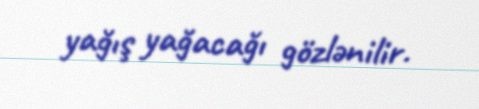
yağış yağacağı gözlənilir.